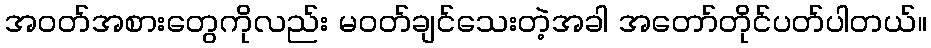
အဝတ်အစားတွေကိုလည်း မဝတ်ချင်သေးတဲ့အခါ အတော်တိုင်ပတ်ပါတယ်။